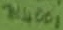
Text: 1N4001